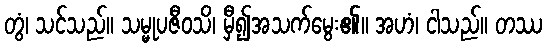
တွံ၊ သင်သည်။ သမ္မုပဇီဝသိ၊ မှီ၍အသက်မွေး၏။ အဟံ၊ ငါသည်။ တဿ